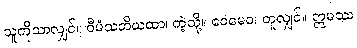
သူကိုသာလျှင်။ ဝီမံသတိယထာ၊ ကဲ့သို့။ ဧဝမေဝ၊ တူလျှင်။ ဣမဿ